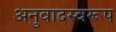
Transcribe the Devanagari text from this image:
अनुवादस्वरूप